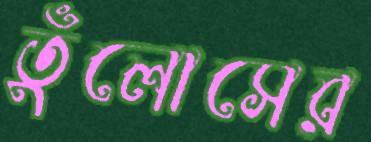
তুঁলোসের